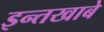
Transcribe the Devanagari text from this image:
इन्तखाबे